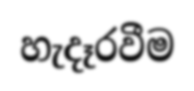
හැදෑරවීම